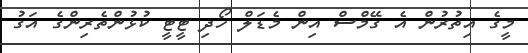
މީގެ އިތުރުން އެ ގޭމްސް އިން މެޑަލް ހޯދި ޓީޓީ ކުޅުންތެރިންގެ އަގު